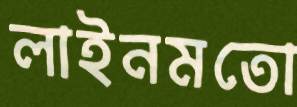
লাইনমতো